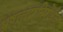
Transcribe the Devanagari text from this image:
भ्रष्टाचारविरोधक